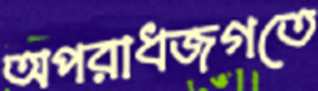
অপরাধজগতে